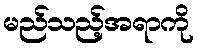
မည်သည့်အရာကို